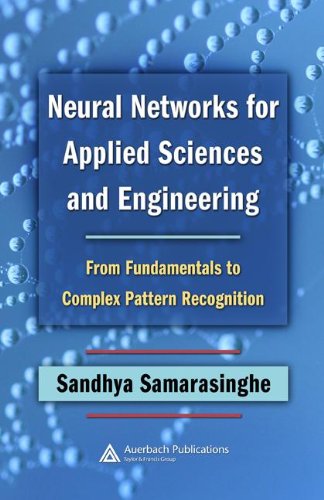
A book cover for Neural Networks for Applied Sciences and Engineering: From Fundamentals to Complex Pattern Recognition; Sandhya Samarasinghe; Computers & Technology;